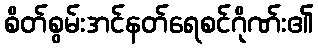
စိတ်စွမ်းအင်နတ်ရေစင်ဂိုဏ်း၏